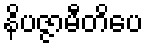
နိပဇ္ဇာမီတိပေ